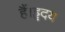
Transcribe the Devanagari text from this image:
हैं।हृदय